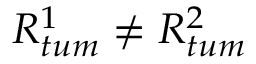
R _ { t u m } ^ { 1 } \neq R _ { t u m } ^ { 2 }